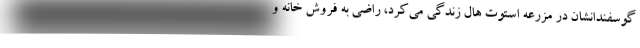
گوسفندانشان در مزرعه استوت هال زندگی می‌کرد، راضی به فروش خانه و